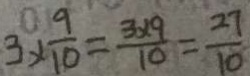
3 \times \frac { 9 } { 1 0 } = \frac { 3 \times 9 } { 1 0 } = \frac { 2 7 } { 1 0 }